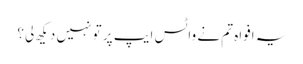
یہ افواہ تم نے واٹس ایپ پر تو نہیں دیکھ لی؟